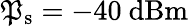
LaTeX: \mathfrak{P}_{\mathrm{{s}}}=-40~\mathrm{{dBm}}